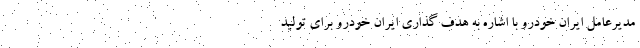
مدیرعامل ایران خودرو با اشاره به هدف گذاری ایران خودرو برای تولید